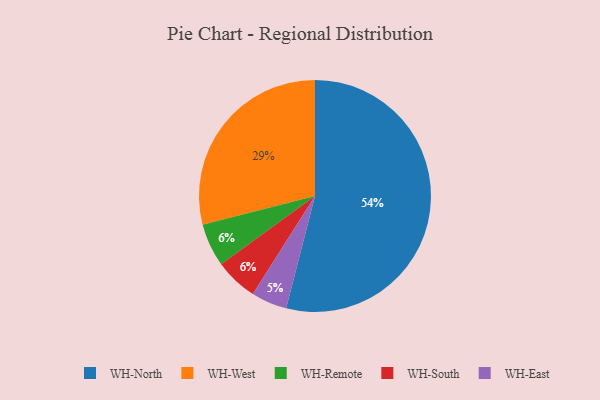
{"axis": {"x": "Category", "y": "Percentage"}, "legend": ["WH-East", "WH-North", "WH-Remote", "WH-South", "WH-West"], "data": [{"x": "WH-North", "y": 54, "type": "WH-North"}, {"x": "WH-Remote", "y": 6, "type": "WH-Remote"}, {"x": "WH-South", "y": 6, "type": "WH-South"}, {"x": "WH-West", "y": 29, "type": "WH-West"}, {"x": "WH-East", "y": 5, "type": "WH-East"}]}